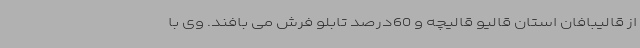
از قالیبافان استان قالیو قالیچه و 60درصد تابلو فرش می بافند. وی با